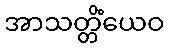
အာသတ္တိံယေဝ